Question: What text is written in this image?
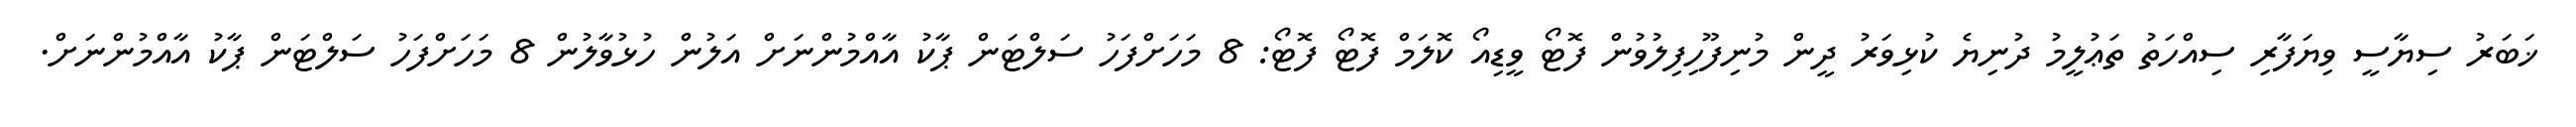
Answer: ޚަބަރު ސިޔާސީ ވިޔަފާރި ސިއްހަތު ތަޢުލީމު ދުނިޔެ ކުޅިވަރު ދީން މުނިފޫހިފިލުވުން ފޮޓޯ ވީޑިއޯ ކޮލަމް ފޮޓޯ ފޮޓޯ: 8 މަހަށްފަހު ސަލްޓަން ޕާކު އާއްމުންނަށް އަލުން ހުޅުވާލުން 8 މަހަށްފަހު ސަލްޓަން ޕާކު އާއްމުންނަށް.